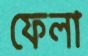
ফেলা